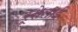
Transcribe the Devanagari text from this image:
रूसेलाई